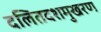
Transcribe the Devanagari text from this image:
दलितदशमुखरण